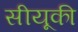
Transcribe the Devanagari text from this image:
सीयूकी